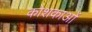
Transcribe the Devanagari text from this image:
कोशकाओं